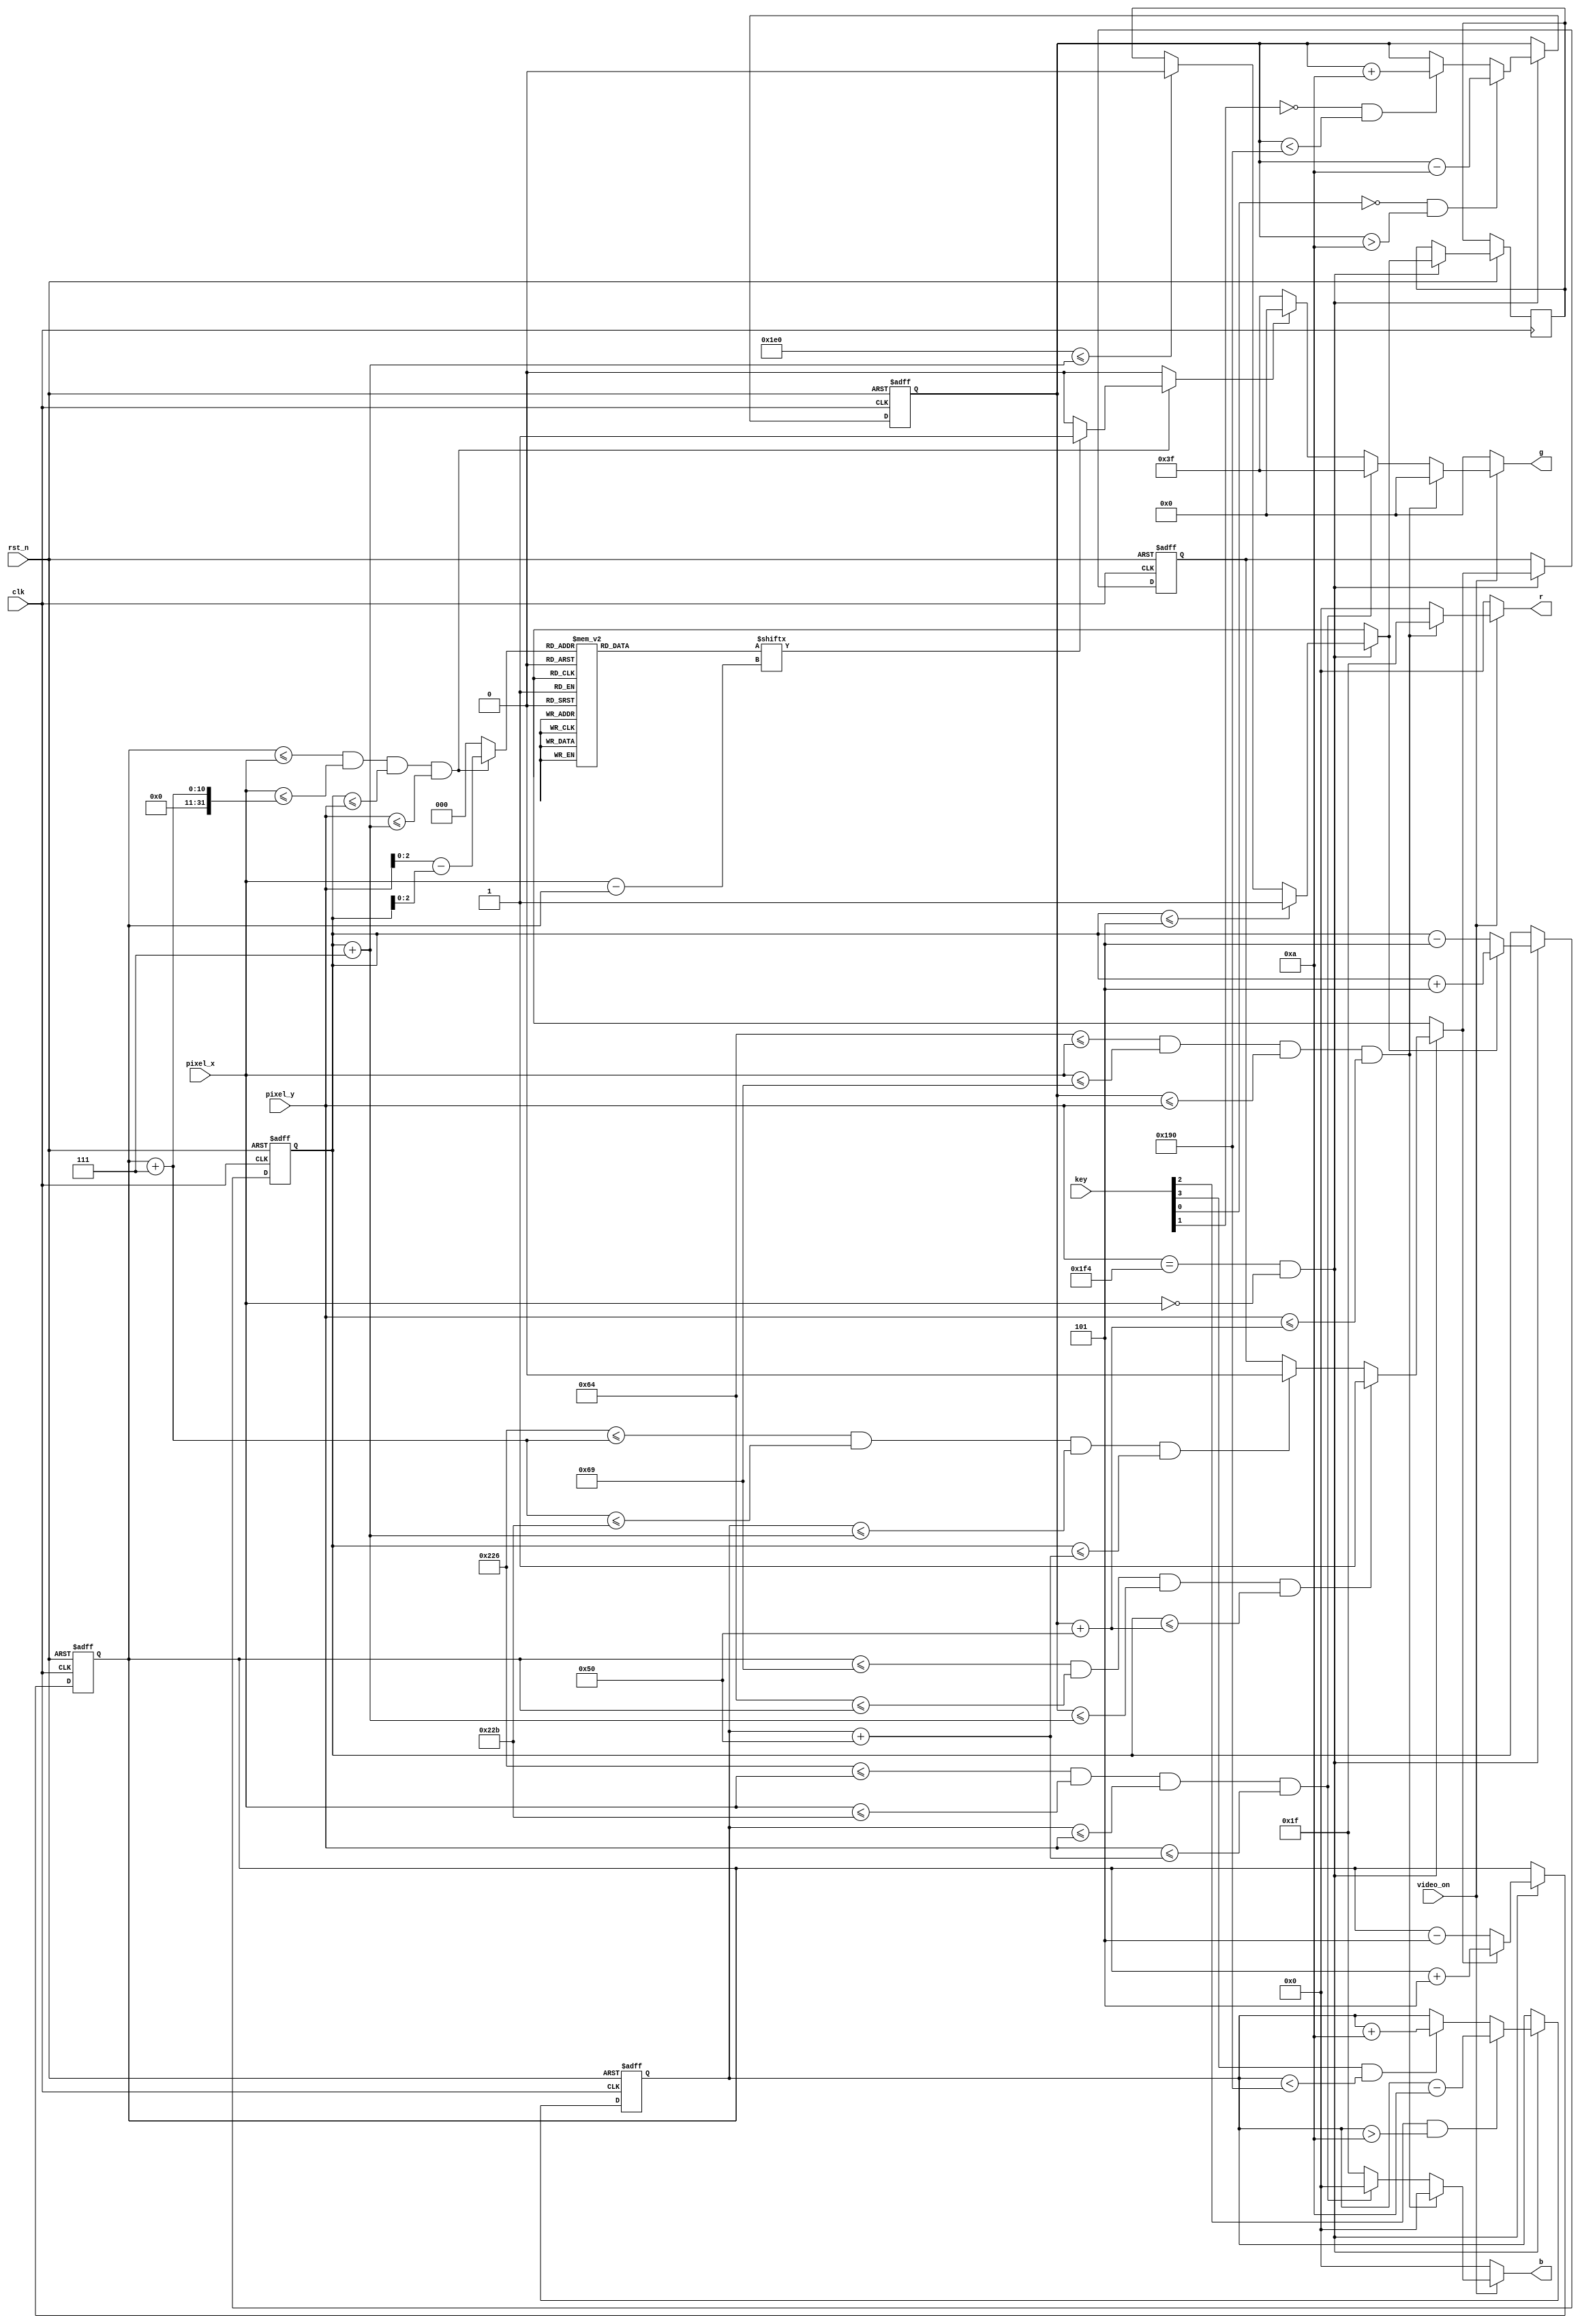
`timescale 1ns / 1ps

module pong_animated
	(
		input clk,rst_n,
		input video_on,
		input[3:0] key, //key[1:0] for player 1 and key[3:2] for player 2
		input[11:0] pixel_x,pixel_y,
		output reg[4:0] r,
		output reg[5:0] g,
		output reg[4:0] b
    );	
	 localparam bar_1_XL=100, //left bar player 1
					bar_1_XR=105, //right bar player 1

					
					bar_2_XL=550, //left bar player 2
					bar_2_XR=555, //right bar player 2
					
					bar_LENGTH=80, //bar length
					bar_V=10, //bar velocity
					
					ball_DIAM=7, //ball diameter minus one
					ball_V=5; //ball velocity

					
	 wire bar_1_on,bar_2_on,ball_box;
	 reg ball_on;
	 reg[2:0] rom_addr; //rom for circular pattern of ball
	 reg[7:0] rom_data;
	 reg[9:0] bar_1_top_q=220,bar_1_top_d; //stores upper Y value of bar_1,controlled by key[0] and key[1]
	 reg[9:0] bar_2_top_q=220,bar_2_top_d; //stores upper Y value of bar_2,controlled by key[2] and key[3]
	 reg[9:0] ball_x_q=280,ball_x_d; //stores left X value of the bouncing ball
	 reg[9:0] ball_y_q=200,ball_y_d; //stores upper Y value of the bouncing ball
	 reg ball_xdelta_q=0,ball_xdelta_d;
	 reg ball_ydelta_q=0,ball_ydelta_d;
	 
	 //display conditions
	 assign bar_1_on= bar_1_XL<=pixel_x && pixel_x<=bar_1_XR && bar_1_top_q<=pixel_y && pixel_y<=(bar_1_top_q+bar_LENGTH);
	 assign bar_2_on= bar_2_XL<=pixel_x && pixel_x<=bar_2_XR && bar_2_top_q<=pixel_y && pixel_y<=(bar_2_top_q+bar_LENGTH);
	 assign ball_box= ball_x_q<=pixel_x && pixel_x<=(ball_x_q+ball_DIAM) &&  ball_y_q<=pixel_y && pixel_y<=(ball_y_q+ball_DIAM);

	 //circular ball_on logic
	 always @* begin
		rom_addr=0;
		ball_on=0;
		if(ball_box) begin
			rom_addr=pixel_y-ball_y_q;
			if(rom_data[pixel_x-ball_x_q]) ball_on=1;
		end
	 end
	 
	 //ball rom pattern
	 always @* begin
		 case(rom_addr)
			3'd0: rom_data=8'b0001_1000;
			3'd1: rom_data=8'b0011_1100;
			3'd2: rom_data=8'b0111_1110;
			3'd3: rom_data=8'b1111_1111;
			3'd4: rom_data=8'b1111_1111;
			3'd5: rom_data=8'b0111_1110;
			3'd6: rom_data=8'b0011_1100;
			3'd7: rom_data=8'b0001_1000;
		 endcase
	 end
	 
	 
	 //logic for movable bar and self-bouncing ball
	 always @(posedge clk,negedge rst_n) begin
		if(!rst_n) begin
			bar_1_top_q<=220;
			bar_2_top_q<=220;
			ball_x_q<=280;
			ball_y_q<=200;
			ball_xdelta_q<=0;
			ball_xdelta_q<=0;
		end
		else begin
			bar_1_top_q<=bar_1_top_d;
			bar_2_top_q<=bar_2_top_d;
			ball_x_q<=ball_x_d;
			ball_y_q<=ball_y_d;
			ball_xdelta_q<=ball_xdelta_d;
			ball_ydelta_q<=ball_ydelta_d;
		end
	 end
	 always @* begin
		bar_1_top_d=bar_1_top_q;
		bar_2_top_d=bar_2_top_q;
		ball_x_d=ball_x_q;
		ball_y_d=ball_y_q;
		ball_xdelta_d=ball_xdelta_q;
		ball_ydelta_d=ball_ydelta_q;
		
		if(pixel_y==500 && pixel_x==0) begin//1 tick when video is surely off
		
			//bar movement logic
			if(!key[0] && bar_1_top_q>bar_V) bar_1_top_d=bar_1_top_q-bar_V; //move bar_1 up
			else if(!key[1] && bar_1_top_q<(480-bar_LENGTH)) bar_1_top_d=bar_1_top_q+bar_V; //move bar_1 down
			if(key[2] && bar_2_top_q>bar_V) bar_2_top_d=bar_2_top_q-bar_V; //move bar_2 up
			else if(key[3] && bar_2_top_q<(480-bar_LENGTH)) bar_2_top_d=bar_2_top_q+bar_V; //move bar_2 down
			
			
			
			//bouncing ball logic
			if( ball_x_q<=bar_1_XR && bar_1_XL<=ball_x_q && bar_1_top_q<=(ball_y_q+ball_DIAM) && ball_y_q<=(bar_1_top_q+bar_LENGTH)) ball_xdelta_d=1; //bounce from bar_1(left)
			else if( (bar_2_XL<=(ball_x_q+ball_DIAM) && ((ball_x_q+ball_DIAM)<=bar_2_XR) && bar_2_top_q<=(ball_y_q+ball_DIAM)) && ball_y_q<=(bar_2_top_q+bar_LENGTH)) ball_xdelta_d=0; //bounce from bar_2(right)
			if(ball_y_q<=5) ball_ydelta_d=1; //bounce from top
			else if(480<=(ball_y_q+ball_DIAM)) ball_ydelta_d=0; //bounce from bottom
			
			ball_x_d=ball_xdelta_d? (ball_x_q+ball_V):(ball_x_q-ball_V);
			ball_y_d=ball_ydelta_d? (ball_y_q+ball_V):(ball_y_q-ball_V);
			
		end
	 end
	 
	 
	 //overall display logic
	always @* begin
	 	r=0;
		g=0;
		b=0;
		if(video_on) begin
			if(bar_1_on) r={5{1'b1}};
			else if(bar_2_on) g={6{1'b1}};
			else if(ball_on) b={5{1'b1}};
			else begin //background color
				g={6{1'b1}};
				b={5{1'b1}};
			end
		end
	 end
					
endmodule